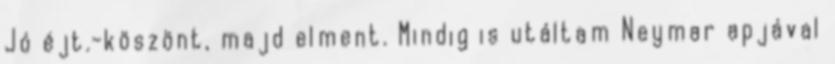
Jó éjt.-köszönt, majd elment. Mindig is utáltam Neymar apjával